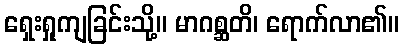
ရှေးရှုကျခြင်းသို့။ မာဂစ္ဆတိ၊ ရောက်လာ၏။